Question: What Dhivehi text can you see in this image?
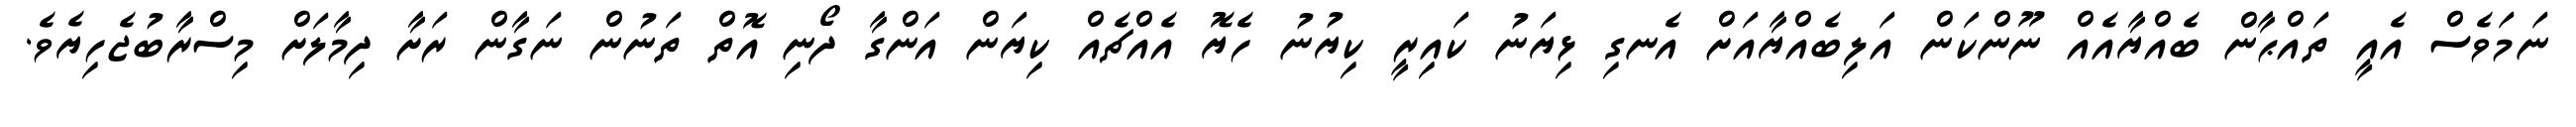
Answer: ނަމަވެސް އެއީ ތައްޙާން ބެއްޔާއެއް ނޫންކަން އަލިބެއްޔާއަށް އެނގި ޅިޔަނު ކައިރީ ކިޔުނު ހެޔޮ އެއްޗެއް ކިޔަން އަންގާ ދޯނި އޮތް ތަނުން ނަގާން ރަށާ ދިމާލަށް މިސްރާބުޖެހިޔެވެ.